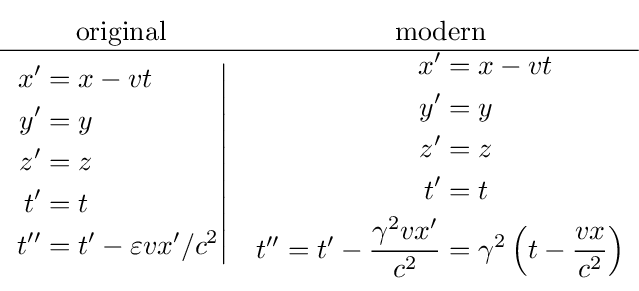
{\begin{matrix}{\text{original}}&{\text{modern}}\\\hline \left.{\begin{aligned}x^{\prime }&=x-vt\\y^{\prime }&=y\\z^{\prime }&=z\\t^{\prime }&=t\\t^{\prime \prime }&=t^{\prime }-\varepsilon vx^{\prime }/c^{2}\end{aligned}}\right|&{\begin{aligned}x^{\prime }&=x-vt\\y^{\prime }&=y\\z^{\prime }&=z\\t^{\prime }&=t\\t^{\prime \prime }=t^{\prime }-{\frac {\gamma ^{2}vx^{\prime }}{c^{2}}}&=\gamma ^{2}\left(t-{\frac {vx}{c^{2}}}\right)\end{aligned}}\end{matrix}}